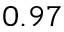
0 . 9 7